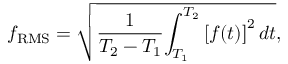
f _ { \mathrm { R M S } } = { \sqrt { { \frac { 1 } { T _ { 2 } - T _ { 1 } } } { \int _ { T _ { 1 } } ^ { T _ { 2 } } { [ f ( t ) ] } ^ { 2 } \, d t } } } ,